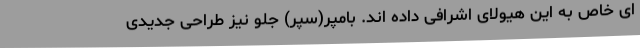
ای خاص به این هیولای اشرافی داده اند. بامپر(سپر) جلو نیز طراحی جدیدی